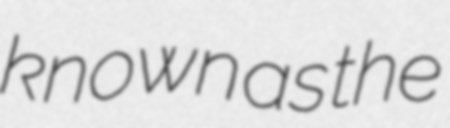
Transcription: known as the